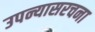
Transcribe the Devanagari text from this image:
उपन्यासरचना